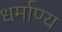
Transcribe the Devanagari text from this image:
धर्माण्य